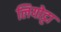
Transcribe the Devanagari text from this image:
लियोट्टा